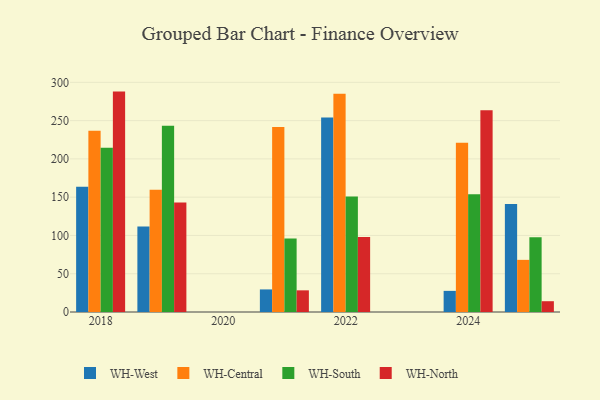
{"axis": {"x": "Year", "y": "Customer Acquisition Cost (USD)"}, "legend": ["WH-Central", "WH-North", "WH-South", "WH-West"], "data": [{"x": "2018", "y": 163.5, "type": "WH-West"}, {"x": "2018", "y": 236.8, "type": "WH-Central"}, {"x": "2018", "y": 214.7, "type": "WH-South"}, {"x": "2018", "y": 287.9, "type": "WH-North"}, {"x": "2025", "y": 141.2, "type": "WH-West"}, {"x": "2025", "y": 68.1, "type": "WH-Central"}, {"x": "2025", "y": 97.5, "type": "WH-South"}, {"x": "2025", "y": 14.1, "type": "WH-North"}, {"x": "2022", "y": 254.1, "type": "WH-West"}, {"x": "2022", "y": 285.0, "type": "WH-Central"}, {"x": "2022", "y": 150.8, "type": "WH-South"}, {"x": "2022", "y": 98.0, "type": "WH-North"}, {"x": "2024", "y": 27.6, "type": "WH-West"}, {"x": "2024", "y": 221.2, "type": "WH-Central"}, {"x": "2024", "y": 153.8, "type": "WH-South"}, {"x": "2024", "y": 263.6, "type": "WH-North"}, {"x": "2019", "y": 111.8, "type": "WH-West"}, {"x": "2019", "y": 159.6, "type": "WH-Central"}, {"x": "2019", "y": 243.2, "type": "WH-South"}, {"x": "2019", "y": 142.9, "type": "WH-North"}, {"x": "2021", "y": 29.5, "type": "WH-West"}, {"x": "2021", "y": 241.7, "type": "WH-Central"}, {"x": "2021", "y": 96.1, "type": "WH-South"}, {"x": "2021", "y": 28.3, "type": "WH-North"}]}